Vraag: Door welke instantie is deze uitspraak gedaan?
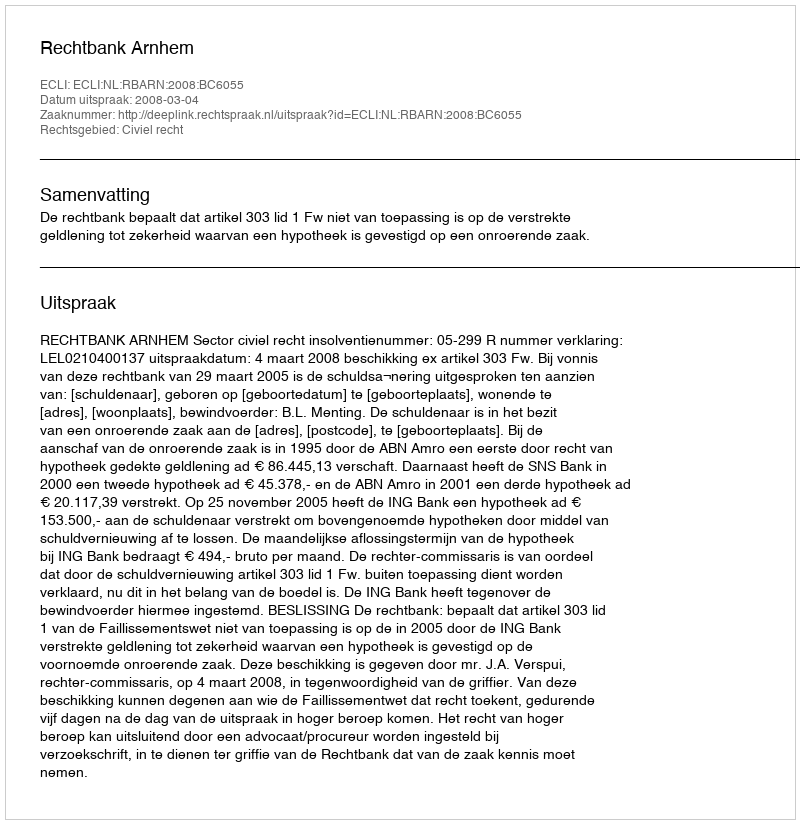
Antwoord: Rechtbank Arnhem